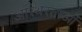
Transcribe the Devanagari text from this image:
अस्थिरताओं